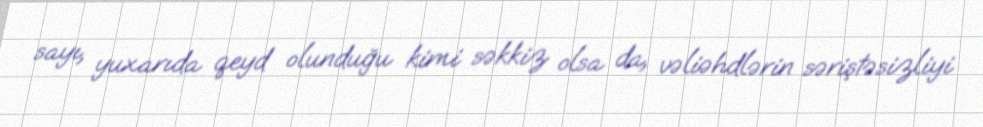
sayı, yuxarıda qeyd olunduğu kimi səkkiz olsa da, vəliəhdlərin səriştəsizliyi